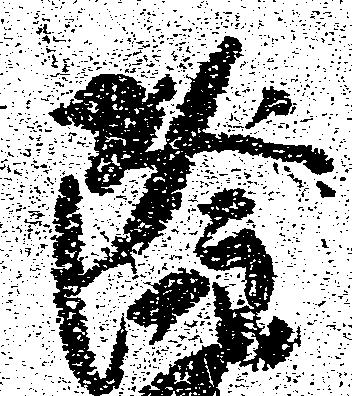
隆